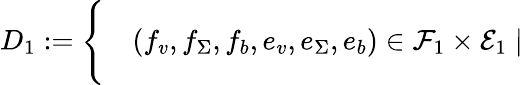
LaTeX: \begin{array}{rl}{D_{1}:=\Bigg\{ }&{{}(f_{v},f_{\Sigma},f_{b},e_{v},e_{\Sigma},e_{b})\in\mathcal{F}_{1}\times\mathcal{E}_{1}\mid}\end{array}